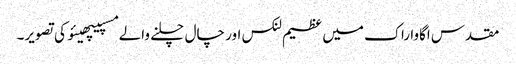
مقدس اگاوا راک میں عظیم لنکس اور چال چلنے والے مسپیپھیئو کی تصویر۔